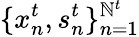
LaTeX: \{ x_{n}^{t},s_{n}^{t}\} _{n=1}^{\mathbb{N}^{t}}